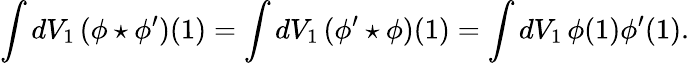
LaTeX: \int dV_{1}\, (\phi\star\phi^{\prime})(1)=\int dV_{1}\, (\phi^{\prime}\star\phi)(1)=\int dV_{1}\, \phi(1)\phi^{\prime}(1).